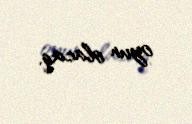
oyun olacaq.